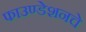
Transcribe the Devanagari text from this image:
फाउण्डेशनचे